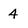
Character: 4